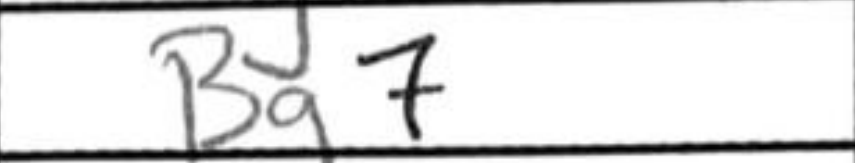
Transcription: Bg7